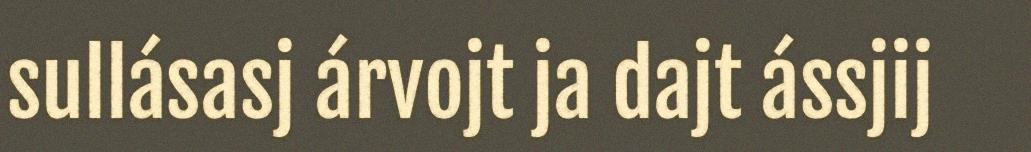
sullásasj árvojt ja dajt ássjij